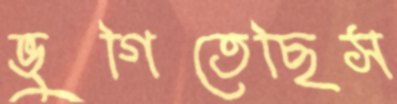
ভুগিতেছিস